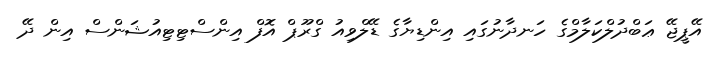
އޭޕީޖޭ ޢަބްދުލްކަލާމްގެ ހަނދާނުގައި އިންޑިޔާގެ ޑޭލްވިއު ގްރޫޕް އޮފް އިންސްޓިޓިއުޝަންސް އިން ދޭ